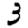
Digit: 3